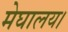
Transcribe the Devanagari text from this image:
मेघालय।